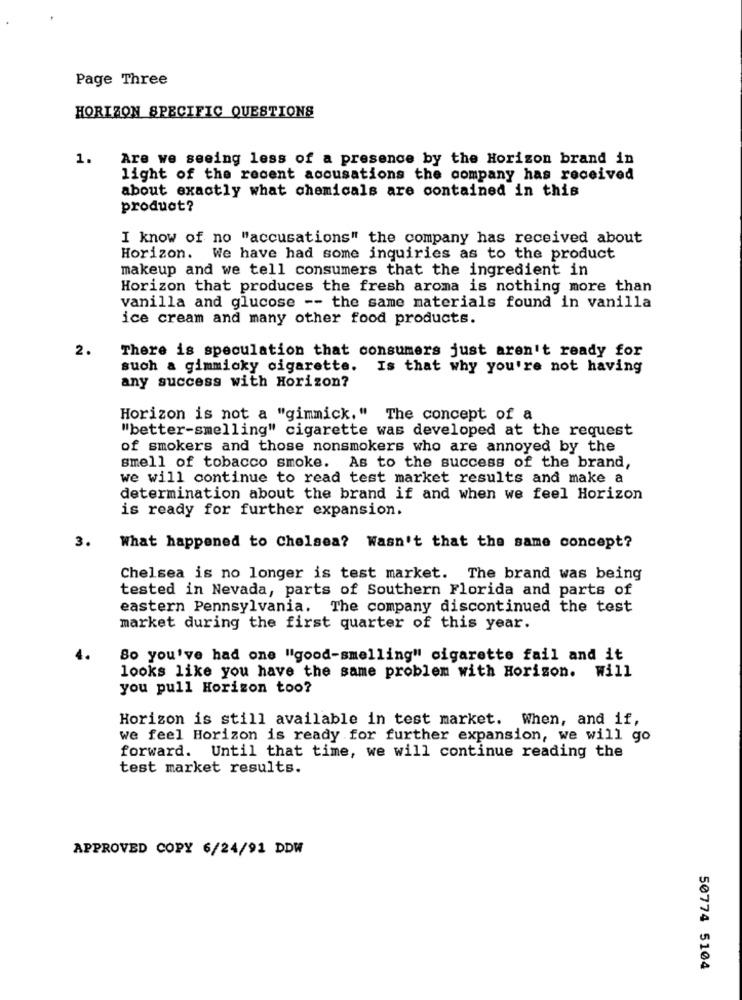
Page Three
HORIZON SPECIFIC QUESTIONS
1.
Are we seeing less of a presence by the Horizon brand in
light of the recent accusations the company has received
about exactly what chemicals are contained in this
product?
I know of no "accusations" the company has received about
Horizon. We have had some inquiries as to the product
makeup and we tell consumers that the ingredient in
Horizon that produces the fresh aroma is nothing more than
vanilla and glucose -- the same materials found in vanilla
ice cream and many other food products.
2.
There is speculation that consumers just aren't ready for
such a gimmicky cigarette. Is that why you're not having
any success with Horizon?
Horizon is not a "gimmick." The concept of a
"better-smelling" cigarette was developed at the request
of smokers and those nonsmokers who are annoyed by the
smell of tobacco smoke. As to the success of the brand,
we will continue to read test market results and make a
determination about the brand if and when we feel Horizon
is ready for further expansion.
3.
What happened to Chelsea? Wasn't that the same concept?
Chelsea is no longer is test market. The brand was being
tested in Nevada, parts of Southern Florida and parts of
eastern Pennsylvania. The company discontinued the test
market during the first quarter of this year.
So you've had one "good-smelling" cigarette fail and it
looks like you have the same problem with Horizon. Will
you pull Horizon too?
Horizon is still available in test market. When, and if,
we feel Horizon is ready for further expansion, we will go
forward. Until that time, we will continue reading the
test market results.
APPROVED COPY 6/24/91 DDW
50774 5104